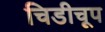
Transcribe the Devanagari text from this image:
चिडीचूप